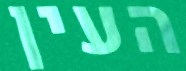
העין